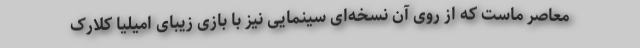
معاصر ماست که از روی آن نسخه‌ای سینمایی نیز با بازی زیبای امیلیا کلارک